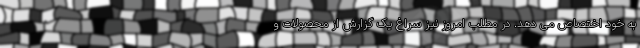
به خود اختصاص می دهد. در مطلب امروز نیز سراغ یک گزارش از محصولات و